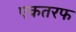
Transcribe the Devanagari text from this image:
एकतरफ